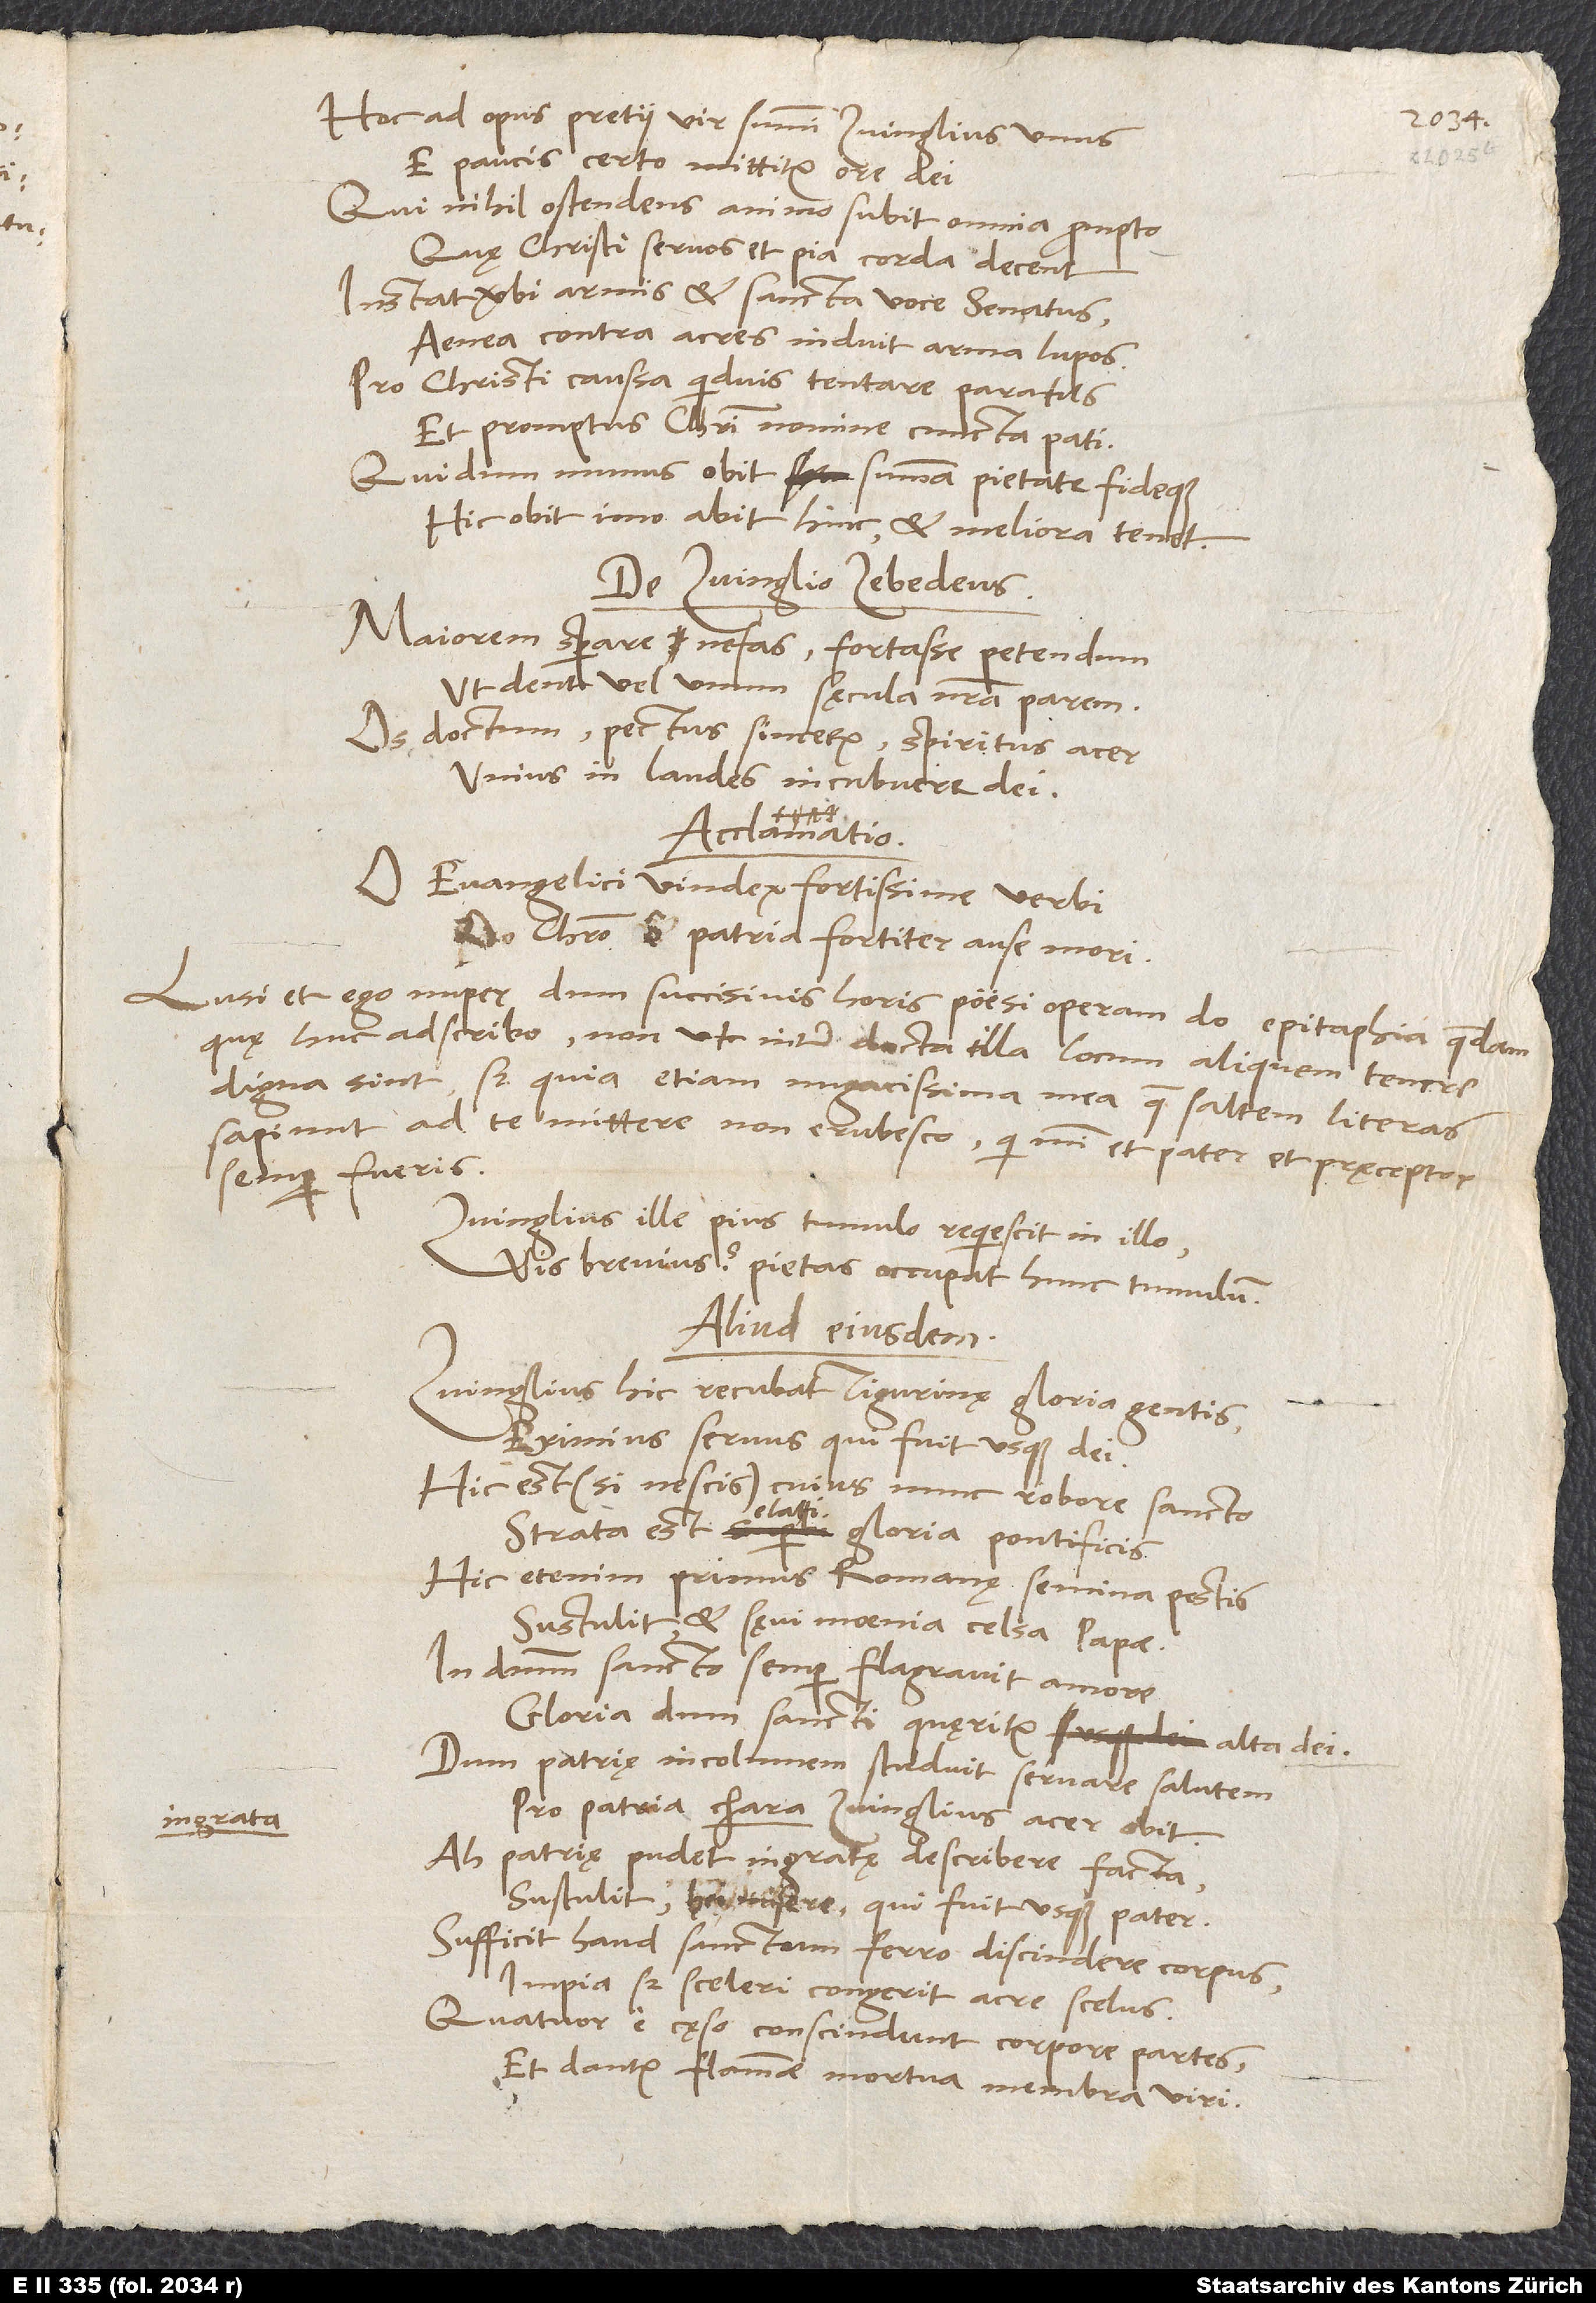
Hoc ad opus pretii vir summi Zvinglius unus
E paucis certo mittitur ore dei.
Qui nihil ostendens animo subit omnia prompto,
Quę Christi servos et pia corda decent.
Instat verbi armis et sancta voce senatus,
Aenea contra acres induit arma lupos
Pro Christi caussa quidvis tentare paratus
Et promptus Christi nomine cuncta pati.
Qui dum munus obit summa pietate fideque,
Hic obit, imo abit hinc, et meliora tenet.
De Zvinglio Zebedeus:
Maiorem sperare nefas, fortasse petendum,
Ut dent vel unum sęcula nostra parem.
Os doctum, pectus sincerum, spiritus acer
Unius in laudes incubuere dei.
Acclamatio:
O evangelici vindex fortissime verbi,
Christo, o patria fortiter ause mori!
Lusi et ego nuper, dum succisivis horis poesi operam do, epitaphia quaedam,
quę huc adscribo, non ut inter docta illa locum aliquem tenere
digna sint, sed quia etiam nugacissima mea, quae saltem literas
sapiunt, ad te mittere non erubesco, qui mihi et pater et pręceptor
semper fueris.
Zvinglius ille pius tumulo requiescit in illo.
Vis brevius? Pietas occupat hunc tumulum.
Aliud eiusdem:
Zvinglius hic recubat, Tigurinę gloria gentis,
Eximius servus qui fuit usque dei.
Hic est (si nescis), cuius nunc robore sancto
Strata est elati gloria pontificis.
Hic etenim primus Romanę semina pestis
Sustulit et sęvi moenia celsa papae.
In dominum sancto semper flagravit amore,
Gloria dum sancti quęritur alta dei.
Dum patrię incolumem studuit servare salutem,
Pro patria chara Zvinglius acer obit.
ingrata
Ah patrię pudet ingratę describere facta.
Sustulit, hei misere, qui fuit usque pater.
Sufficit haud sanctum ferro discindere corpus,
Impia sed sceleri congerit acre scelus.
Quatuor e cęso conscindunt corpore partes,
Et dantur flammae mortua membra viri.